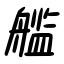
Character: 艦